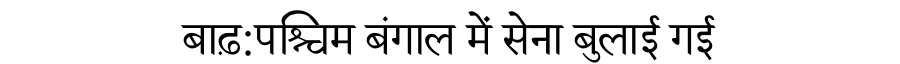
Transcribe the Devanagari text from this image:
बाढ़:पश्चिम बंगाल में सेना बुलाई गई